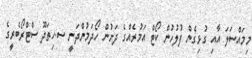
މިމައްސަލަ އާއި ގުޅިގެން ފުލުހުން ކޯޓް އަމުރެއްގެ ދަށުން ހޯދަމުންދަނީ ސ.ހިތަދޫ ސްޓްރޯބެރީގެ